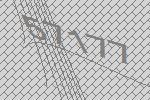
57177